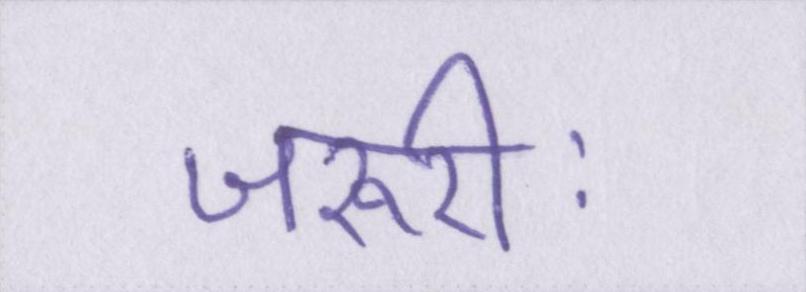
जरूरीः